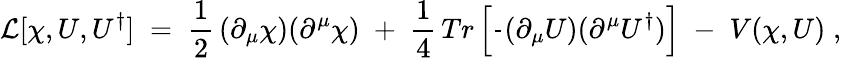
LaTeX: {\cal L}[\chi,U,U^{\dagger}]\; =\; \frac{1}{2}\, (\partial_{\mu}\chi)(\partial^{\mu}\chi)\; +\; \frac{1}{4}\, Tr\left[\frac{}{}(\partial_{\mu}U)(\partial^{\mu}U^{\dagger})\right]\; -\; V(\chi,U)\; ,